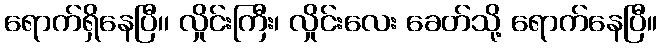
ရောက်ရှိနေပြီ၊၊ လှိုင်းကြီး၊ လှိုင်းလေး ခေတ်သို့ ရောက်နေပြီ။